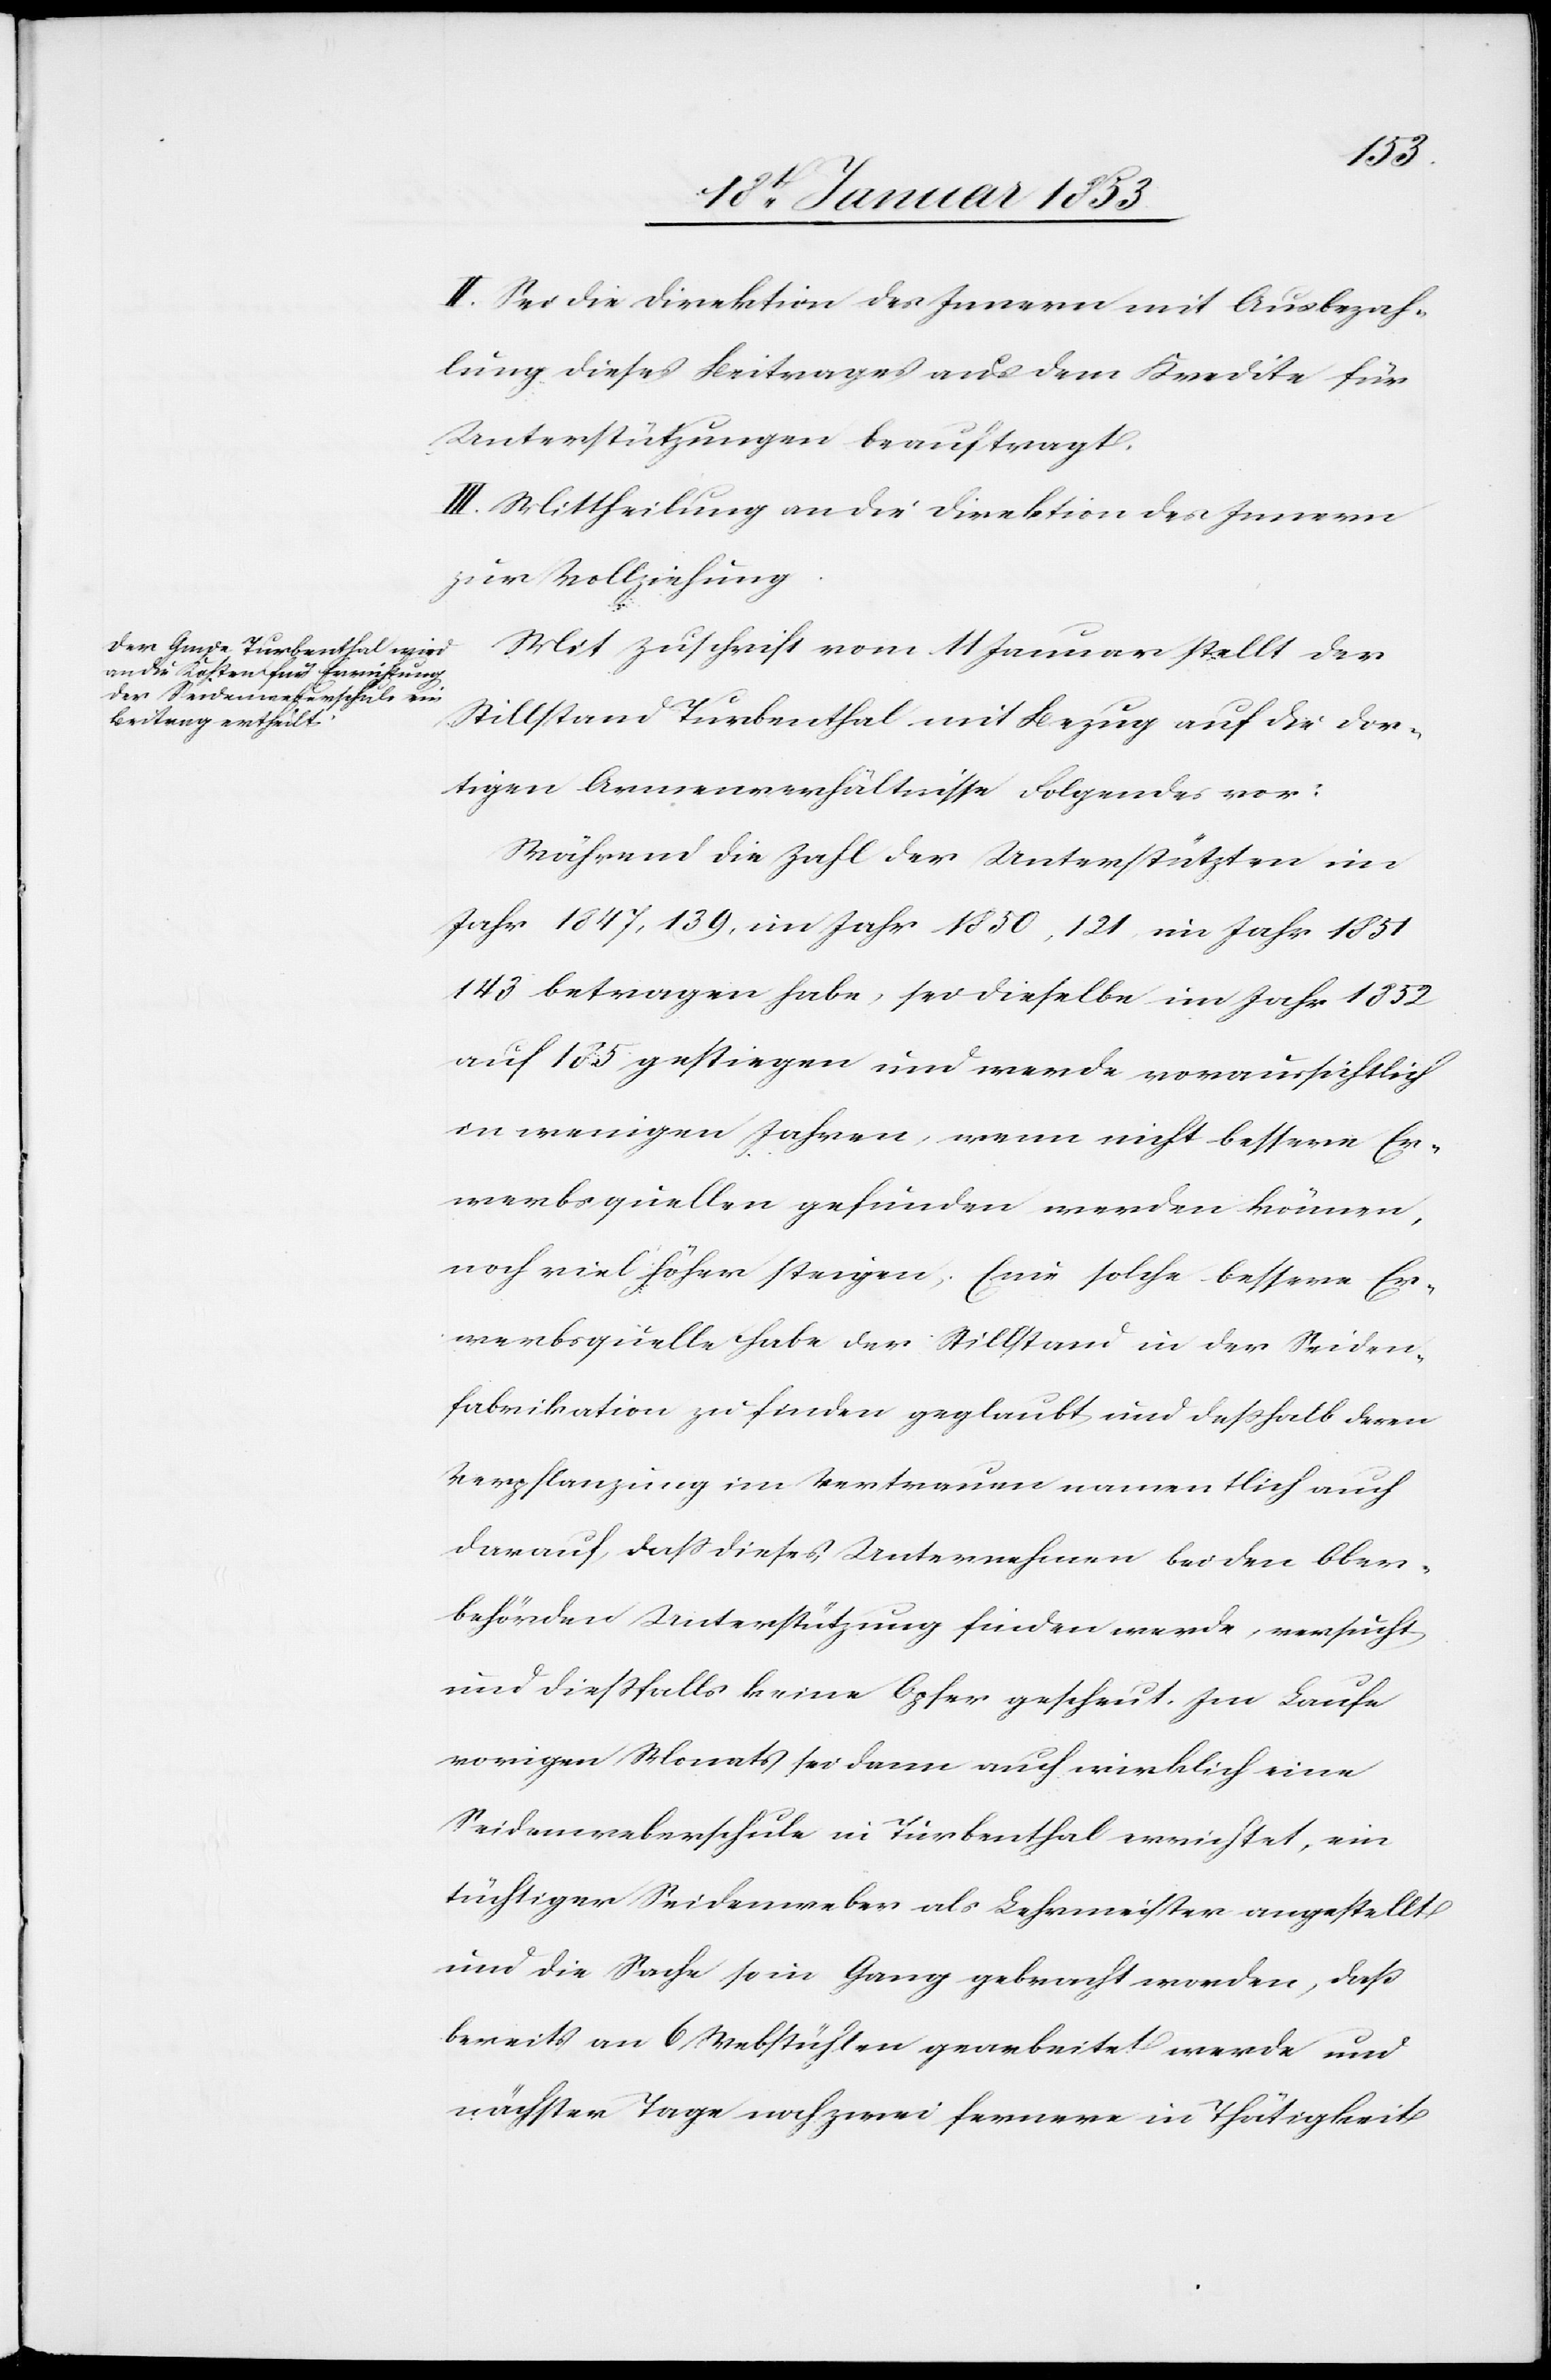
II. Sei die Direktion des Innern mit Ausbezah¬
lung dieses Beitrages aus dem Kredite für
Unterstützungen beauftragt.
III. Mittheilung an die Direktion des Innern
zur Vollziehung.
Mit Zuschrift vom 11 Januar stellt der
Stillstand Turbenthal mit Bezug auf die dor¬
tigen Armenverhältnisse Folgendes vor:
Während die Zahl der Unterstützten im
Jahr 1847, 139, im Jahr 1850, 121 im Jahr 1851,
143 betragen habe, sei dieselbe im Jahr 1852
auf 185 gestiegen und werde voraussichtlich
in wenigen Jahren, wenn nicht bessere Er¬
werbsquellen gefunden werden können,
noch viel höher steigen. Eine solche bessere Er¬
werbsquelle habe der Stillstand in der Seiden¬
fabrikation zu finden geglaubt und deßhalb deren
Verpflanzung im Vertrauen namentlich auch
darauf, daß dieses Unternehmen bei den Ober¬
behörden Unterstützung finden werde, versucht
und dießfalls keine Opfer gescheut. Im Laufe
vorigen Monats sei dann auch wirklich eine
Seidenweberschule in Turbenthal errichtet, ein
künftiger Seidenweber als Lehrmeister angestellt
und die Sache so in Gang gebracht worden, daß
bereits an 6 Webstühlen gearbeitet werde und
nächster Tage noch zwei fernere in Thätigkeit